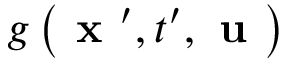
g \left( \textbf { x } ^ { \prime } , t ^ { \prime } , \textbf { u } \right)